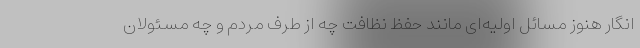
انگار هنوز مسائل اولیه‌ای مانند حفظ نظافت چه از طرف مردم و چه مسئولان